Scottish Leaving Certificate Examination, 1957
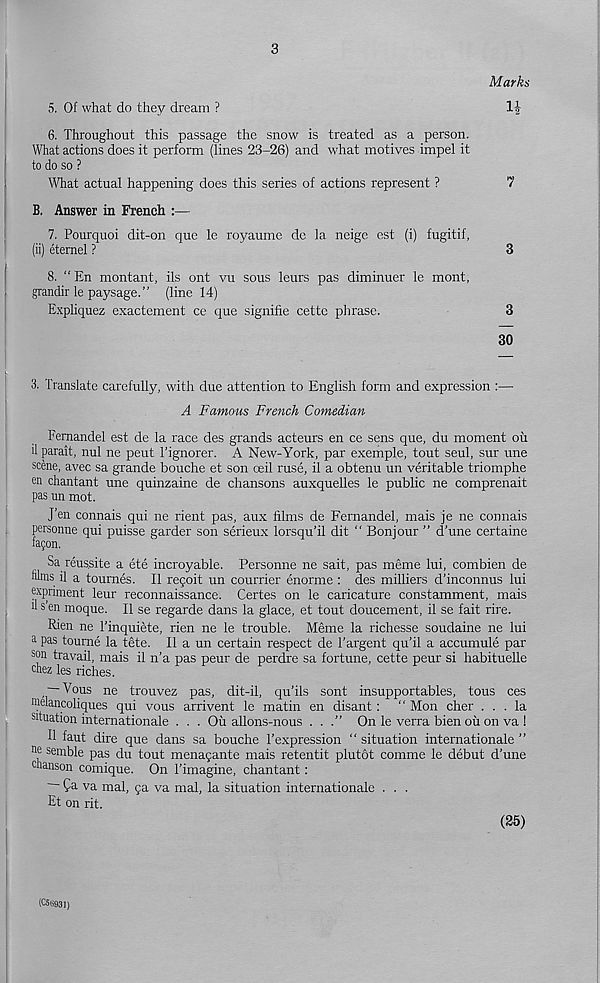
3
Marks
n
5. Of what do they dream ?
6. Throughout this passage the snow is treated as a person.
What actions does it perform (lines 23-26) and what motives impel it
to do so ?
What actual happening does this series of actions represent ?
7
B, Answer in French :—
7. Pourquoi dit-on quo le royaume de la neige est (i) fugitif,
(ii) etemel ?
3
8. “ En montant, ils ont vu sous leurs pas diminuer le mont,
grandir le paysage.” (line 14)
Expliquez exactement ce que signifie cettc phrase.
3
30
3. translate carefully, with due attention to English form and expression :—
A Famous French Comedian
Fernandel est de la race des grands acteurs en ce sens que, du moment oil
il parait, nul ne pent 1’ignorer. A New-York, par exemple, tout seul, sur une
scene, avec sa grande bouche et son ceil ruse, il a obtenu un veritable triomphe
en chantant une quinzaine de chansons auxquelles le public ne comprenait
pas un mot.
J’en connais qui ne rient pas, aux films de Fernandel, mais je ne connais
personne qui puisse garder son serieux lorsqu’il dit “ Bonjour ” d'une certaine
fagon.
Sa reus.site a ete incroyable. Personne ne sait, pas meme lui, combien de
alms il a tournes. Il re?oit un courrier enorme : des milliers d’inconnus lui
expnment leur reconnaissance. Certes on le caricature constamment, mais
a s en moque. Il se regarde dans la glace, et tout doucement, il se fait rire.
Rien ne 1’inquiete, rien ne le trouble. Meme la richesse soudaine ne lui
a pas tourne la tete. Il a un certain respect de Targent qu’il a accumule par
son travail, mais il n’a pas peur de perdre sa fortune, cette peur si habituelle
chez les riches.
— Vous ne trouvez pas, dit-il, qu’ils sont insupportables, tous ces
inelancoliques qui vous arrivent le matin en disant: “ Mon cher ... la
situation internationale ... Ou allons-nous ...” On le verra bien ou on va !
Il faut dire que dans sa bouche Texpression " situation internationale ”
nc semble pas du tout menagante mais retentit plutot comme le debut d’une
chanson comique. On I’imagine, chantant:
fa va mal, ga va mal, la situation internationale . . .
Et on rit.
(35)
(C5(i931)